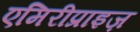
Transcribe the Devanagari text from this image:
एमिरीप्राइज़